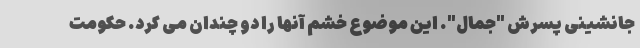
جانشینی پسرش "جمال". این موضوع خشم آنها را دو چندان می کرد. حکومت